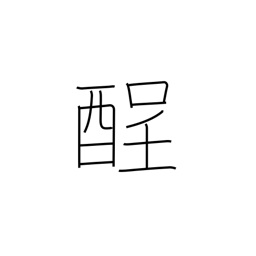
Meaning: hangover